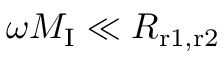
\omega M _ { \mathrm { I } } \ll R _ { \mathrm { r 1 , r 2 } }